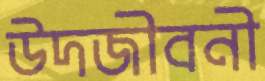
উদজীবনী